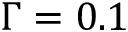
\Gamma = 0 . 1